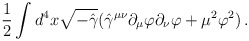
\begin{align*}{1\over 2}\int d^4x \sqrt{-\hat\gamma}(\hat\gamma^{\mu\nu}\partial_\mu\varphi\partial_\nu \varphi+\mu^2\varphi^2)\, .\end{align*}